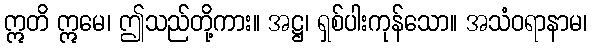
ဣတိ ဣမေ၊ ဤသည်တို့ကား။ အဋ္ဌ၊ ရှစ်ပါးကုန်သော။ အသံဝရာနာမ၊